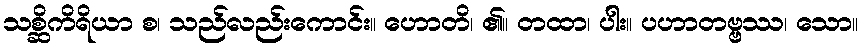
သစ္ဆိကိရိယာ စ၊ သည်လည်းကောင်း။ ဟောတိ၊ ၏။ တထာ၊ ပါး။ ပဟာတဗ္ဗဿ၊ သော။